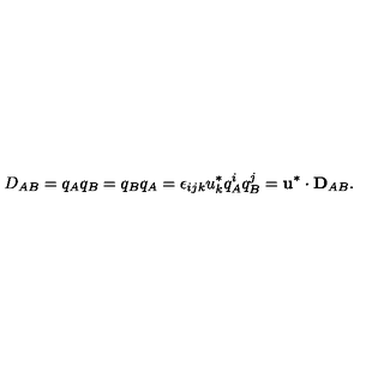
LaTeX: D _ { A B } = q _ { A } q _ { B } = q _ { B } q _ { A } = \epsilon _ { i j k } u _ { k } ^ { * } q _ { A } ^ { i } q _ { B } ^ { j } = { \bf u } ^ { * } \cdot { \bf D } _ { A B } .